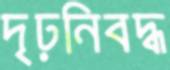
দৃঢ়নিবদ্ধ